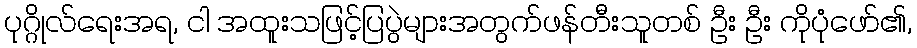
ပုဂ္ဂိုလ်ရေးအရ, ငါ အထူးသဖြင့်ပြပွဲများအတွက်ဖန်တီးသူတစ် ဦး ဦး ကိုပုံဖော်၏,